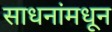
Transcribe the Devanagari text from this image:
साधनांमधून